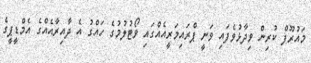
މައުރޫފް ކުރިން ވިދާޅުވެފައި ވަނީ ޕްރައިމަރީއެއްގައި ވޯޓުލުމުގެ ހައްގު އެ ދާއިރާއެއްގެ އެމްޑީޕީގެ